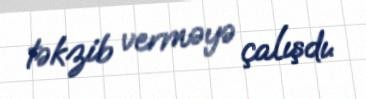
təkzib verməyə çalışdı.